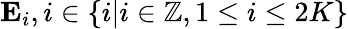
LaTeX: \textbf{E}_{i},i\in\lbrace i|i\in\mathbb{Z},1\leq i\leq 2K\rbrace